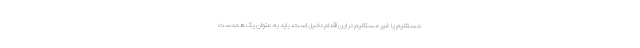
مستقیم یا غیر مستقیم در این اقدام دخیل است، باید به عنوان یک همدست